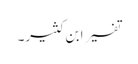
تفسیر ابنِ کثیر۔